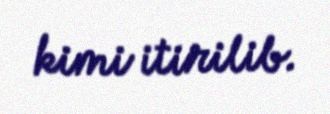
kimi itirilib.